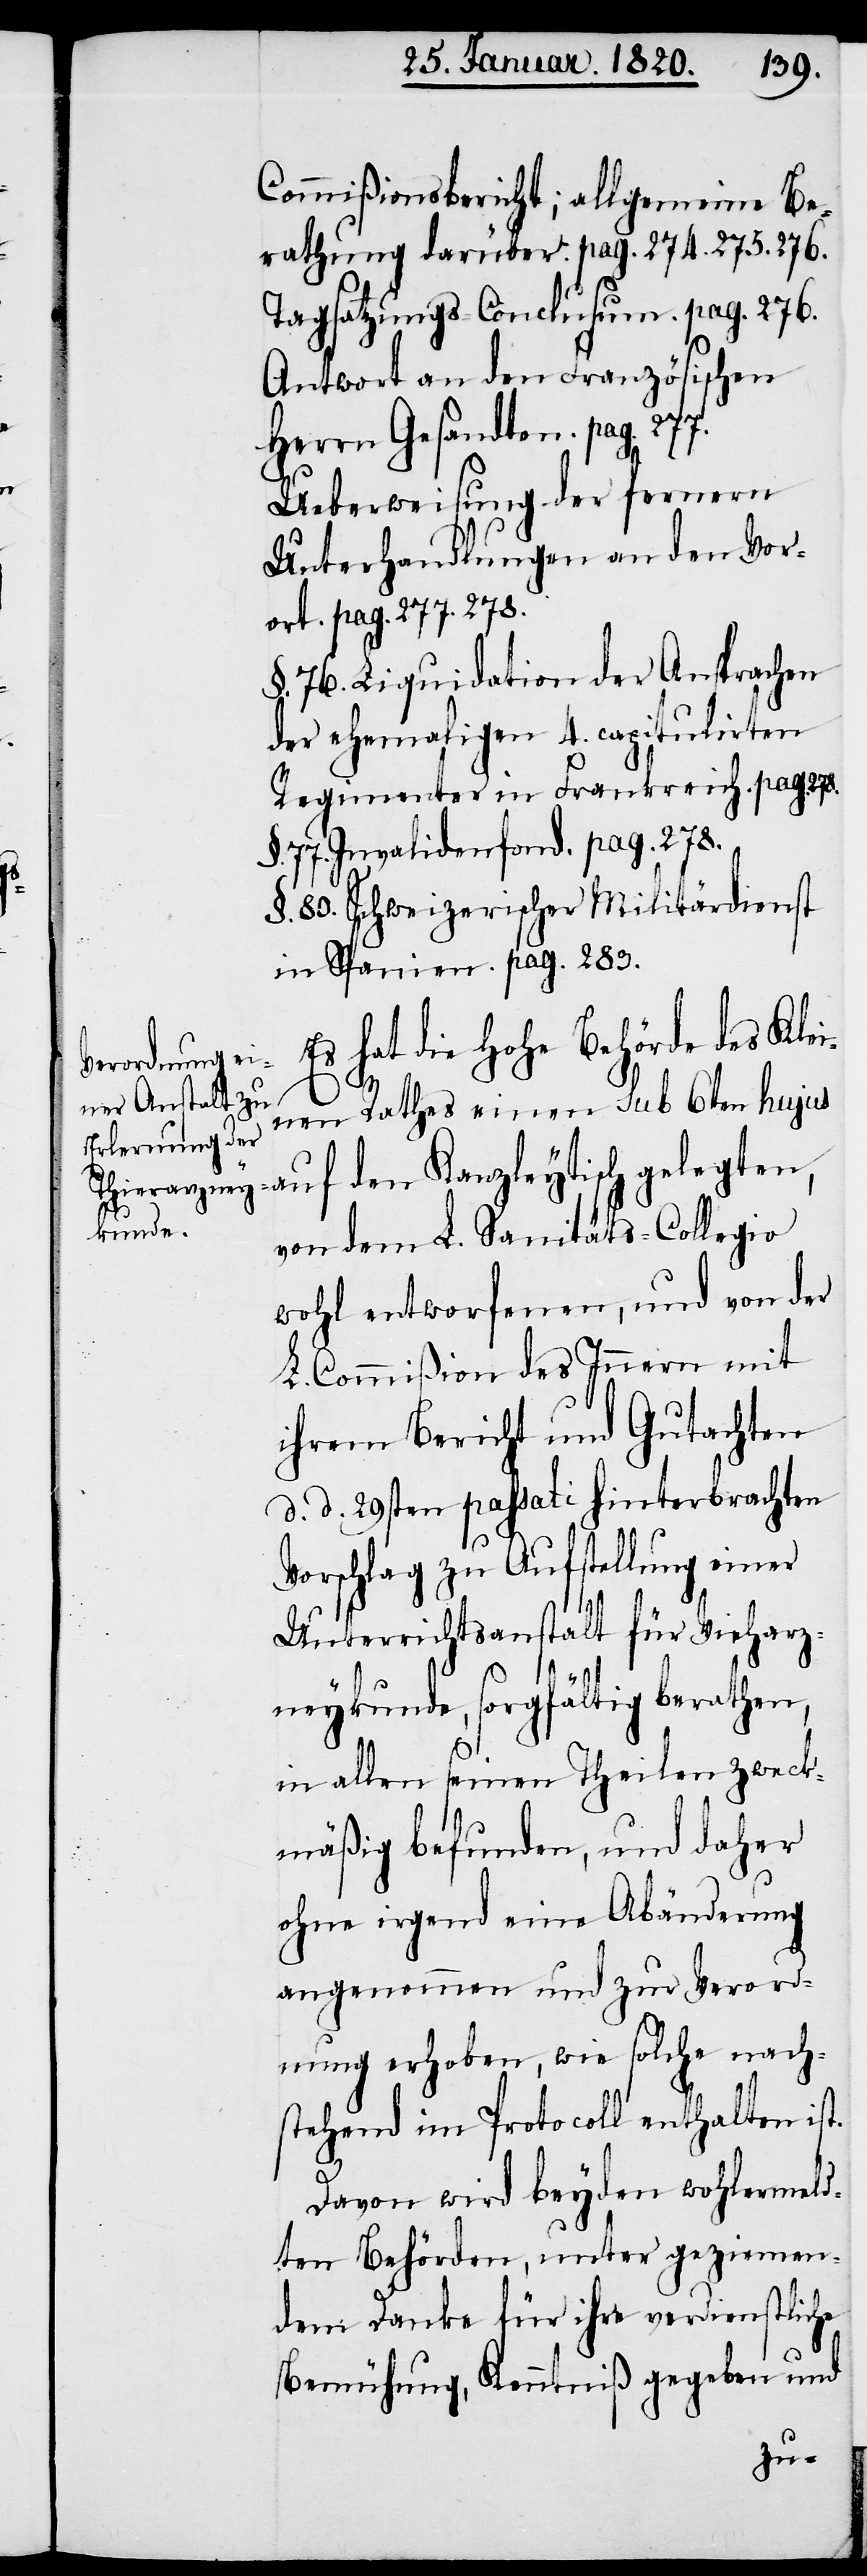
Commißionsbericht; allgemeine Be¬
rathung darüber. pag. 274. 275. 276.
Tagsatzung-Conclusum. pag. 276.
Antwort an den Französischen
Herrn Gesandten. pag. 277.
Ueberweisung der fernern
Unterhandlungen an den Vor¬
ort pag. 277. 278.
§. 76. Liquidation der Ansprachen
der ehemaligen 4. capitulirten
Regimenter in Frankreich. pag. 278.
§. 77. Invalidenfond. pag. 278.
§. 80. Schweizerischer Militärdienst
in Spanien. pag. 283.
Es hat die Hohe Behörde des Klei¬
nen Rathes einen sub 6ten hujus
auf den Kanzleytisch gelegten,
von dem L. Sanitäts-Collegio
wohl entworfenen, und von der
L. Commißion des Innern mit
ihrem Bericht und Gutachten
d. d. 29sten passati hinterbrachten
Vorschlag zu Aufstellung einer
Unterrichtsanstalt für Vieharz¬
neykunde, sorgfältig berathen,
in allen seinen Theilen zweck¬
mäßig befunden, und daher
ohne irgend eine Abänderung
angenommen und zur Verord¬
nung erhoben, wie solche nach¬
stehend im Protocoll enthalten ist.
Davon wird beyden wohlermeld¬
ten Behörden, unter geziemen¬
dem Danke für ihre verdienstliche
Bemühung, Kenntniß gegeben und